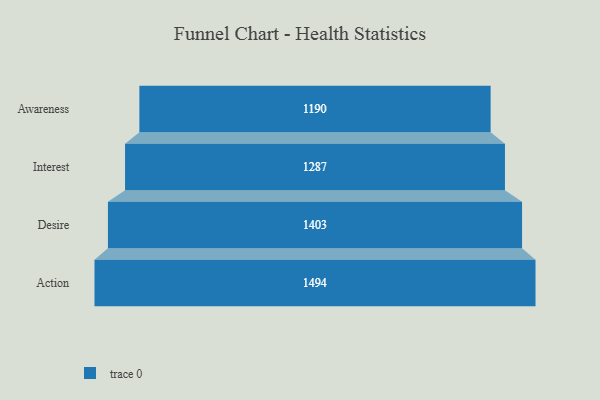
{"axis": {"x": "Stage", "y": "Value"}, "legend": [""], "data": [{"x": "Awareness", "y": 1190.0, "type": ""}, {"x": "Interest", "y": 1287.0, "type": ""}, {"x": "Desire", "y": 1403.0, "type": ""}, {"x": "Action", "y": 1494.0, "type": ""}]}